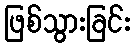
ဖြစ်သွားခြင်း